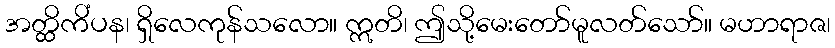
အတ္ထိကိံပန၊ ရှိလေကုန်သလော။ ဣတိ၊ ဤသို့မေးတော်မူလတ်သော်။ မဟာရာဇ၊